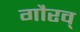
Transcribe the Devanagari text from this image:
गौरव्